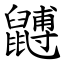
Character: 䶈